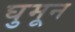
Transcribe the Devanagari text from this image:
घुमून